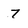
Character: 7